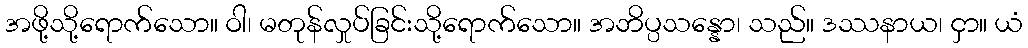
အဖို့သို့ရောက်သော။ ဝါ၊ မတုန်လှုပ်ခြင်းသို့ရောက်သော။ အဘိပ္ပသန္နော၊ သည်။ ဒဿနာယ၊ ငှာ။ ယံ